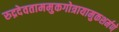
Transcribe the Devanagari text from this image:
रुद्रदेवताममुकगोत्रायामुकशर्मणे